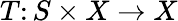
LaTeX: T\colon S\times X\to X